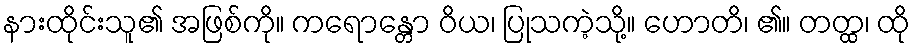
နားထိုင်းသူ၏ အဖြစ်ကို။ ကရောန္တော ဝိယ၊ ပြုသကဲ့သို့။ ဟောတိ၊ ၏။ တတ္ထ၊ ထို